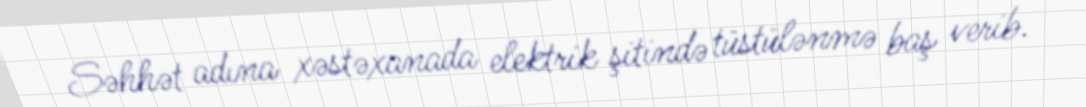
Səhhət adına xəstəxanada elektrik şitində tüstülənmə baş verib.